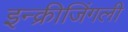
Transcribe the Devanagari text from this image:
इन्क्रीजिंगली